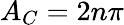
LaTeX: A_{C}=2n\pi